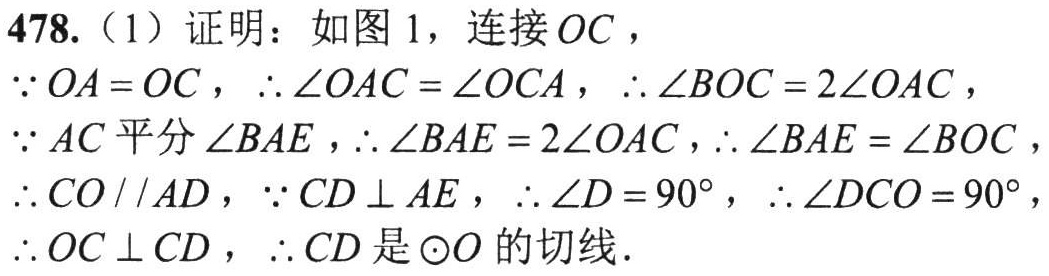
478.（1）证明：如图 1，连接 \(OC\)，
\(\because OA = OC\)，\(\therefore\angle OAC=\angle OCA\)，\(\therefore\angle BOC = 2\angle OAC\)，
\(\because AC\) 平分 \(\angle BAE\)，\(\therefore\angle BAE = 2\angle OAC\)，\(\therefore\angle BAE=\angle BOC\)，
\(\therefore CO\parallel AD\)，\(\because CD\perp AE\)，\(\therefore\angle D = 90^{\circ}\)，\(\therefore\angle DCO = 90^{\circ}\)，
\(\therefore OC\perp CD\)，\(\therefore CD\) 是 \(\odot O\) 的切线．